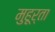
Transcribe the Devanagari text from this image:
मुहूर्ता